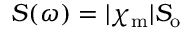
S ( \omega ) = | \chi _ { \mathrm { m } } | S _ { \mathrm { o } }